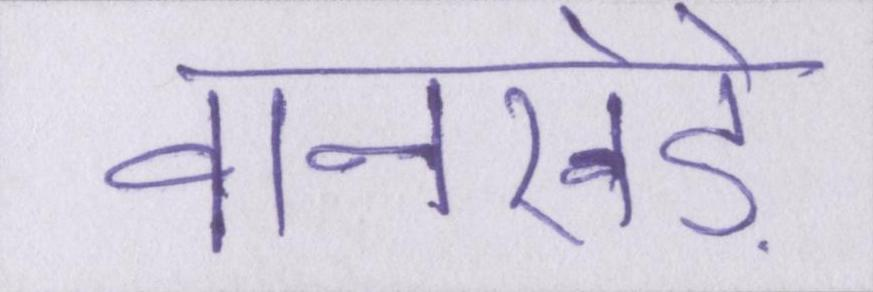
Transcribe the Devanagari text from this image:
वानखेड़े